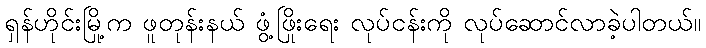
ရှန်ဟိုင်းမြို့က ဖူတုန်းနယ် ဖွံ့ဖြိုးရေး လုပ်ငန်းကို လုပ်ဆောင်လာခဲ့ပါတယ်။